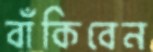
বাঁকিবেন